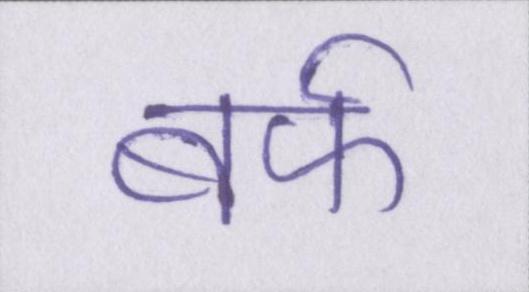
बर्फ